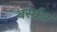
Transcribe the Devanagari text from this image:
बर्स्कर